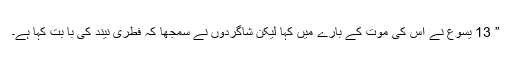
” 13 یسوع نے اس کی موت کے بارے میں کہا لیکن شاگردوں نے سمجھا کہ فطری نیند کی با بت کہا ہے۔